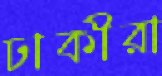
ঢাকীরা